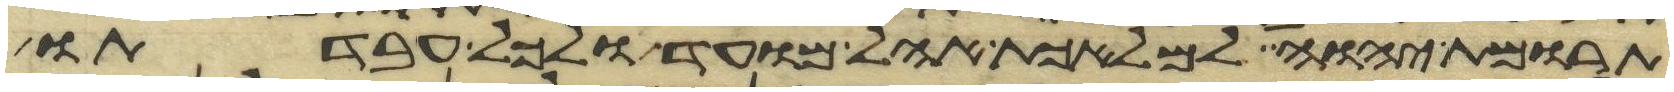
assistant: תרומת יהוה למלאכת אהל מועד ולכל עבדתו